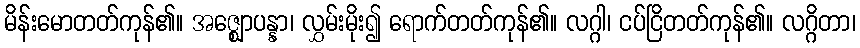
မိန်းမောတတ်ကုန်၏။ အဇ္ဈောပန္နာ၊ လွှမ်းမိုး၍ ရောက်တတ်ကုန်၏။ လဂ္ဂါ၊ ငပ်ငြိတတ်ကုန်၏။ လဂ္ဂိတာ၊